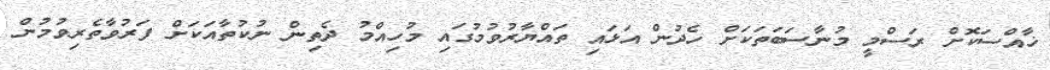
ޚާއްސަކޮށް ރަސްމީ މުނާސަބަތަކަށް ހެދުން އަޅައި ތައްޔާރުވުމުގައި މުހިއްމު ދެތިން ނުކުތާއަކަށް ފަރުވާތެރިވުމުން